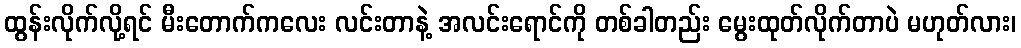
ထွန်းလိုက်လို့ရင် မီးတောက်ကလေး လင်းတာနဲ့ အလင်းရောင်ကို တစ်ခါတည်း မွေးထုတ်လိုက်တာပဲ မဟုတ်လား၊